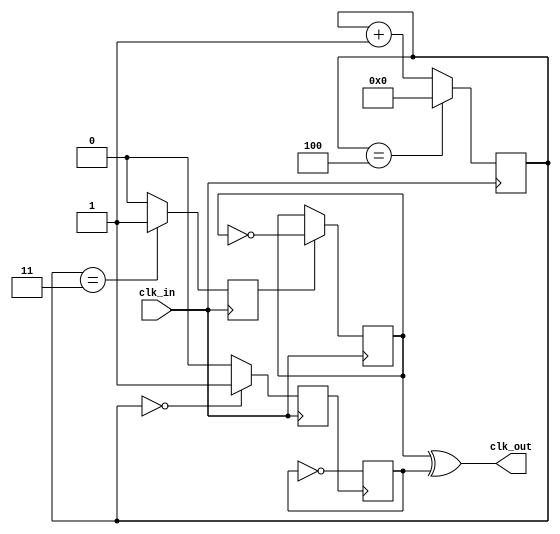
`timescale 1ns / 1ps



module clk_div_odd
#(parameter N=5)
(
 input   clk_in,
 output   clk_out
    );

reg  [3:0] count = 4'b0;        //4-bit counter
reg     A1 = 0;
reg       B1 = 0;
reg     Tff_A = 0;
reg    Tff_B = 0;
wire    clock_out;
wire    wTff_A;
wire    wTff_B;

//Connects registers to wires for combinational logic
assign   wTff_A  = Tff_A; 
assign   wTff_B  = Tff_B; 

assign   clk_out = wTff_B ^ wTff_A; //XOR gate 

//Counter for division by N
always@(posedge clk_in)
 begin
  if(count == N-1) //Count to N-1. 
   begin // Example: Use 4 to divide by 5          
    count <= 4'b0000;
   end 
  else
   begin
    count <= count + 1;
   end 
 end

//Set A to high for one clock cycle when counter is 0
always@(posedge clk_in)
 begin
  if(count == 4'b0000)
   A1 <= 1;
  else
   A1 <= 0;
 end

//Sets B to high for one clock cycle when counter is (N+1)/2
always@(posedge clk_in)
 begin
  if(count == (N+1)/2) //Use (N+1)/2
   B1 <= 1; //Ex: (5+1)/2 = 3
  else
   B1 <= 0;
 end

//T flip flop toggles 
always@(negedge A1) // Toggle signal Tff_A 
 begin   //whenever A1 goes from 1 to 0
  Tff_A <= ~Tff_A;
 end

always@(negedge clk_in)
 begin
  if(B1) // Toggle signal Tff_B whenever      
   begin //B1 is 1
    Tff_B <= ~Tff_B;
   end
 end

endmodule